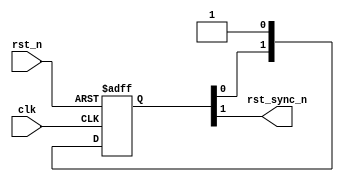
module reset_sync(input wire clk, input wire rst_n, output wire rst_sync_n );
reg[1:0] sync;
always @(posedge clk or negedge rst_n) begin
   if(!rst_n) sync <= 2'b0;
   else begin
     sync[0] <= 1'b1;
     sync[1] <= sync[0];
   end
end
assign rst_sync_n = sync[1];
endmodule